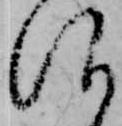
仰